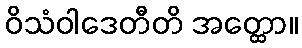
ဝိသံဝါဒေတီတိ အတ္ထော။